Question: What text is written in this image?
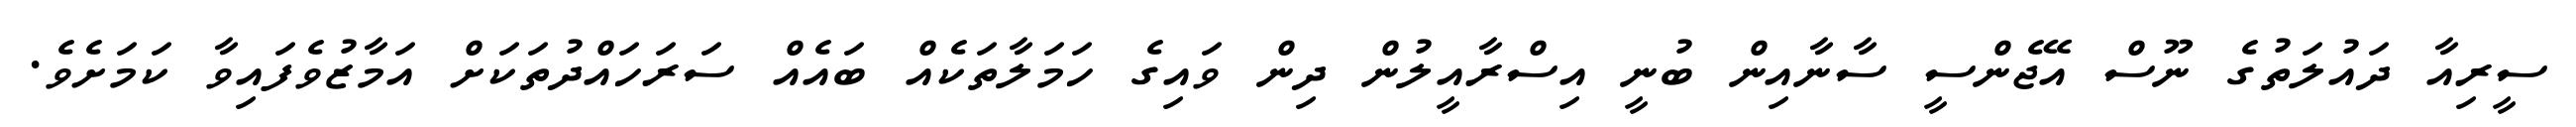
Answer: ސީރިއާ ދައުލަތުގެ ނޫސް އޭޖެންސީ ސާނާއިން ބުނީ އިސްރާއީލުން ދިން ވައިގެ ހަމަލާތަކެއް ބައެއް ސަރަހައްދުތަކަށް އަމާޒުވެފައިވާ ކަމަށެވެ.